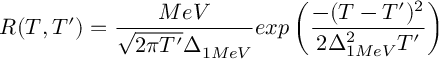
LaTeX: R ( T , T ^ { \prime } ) = \frac { M e V } { \sqrt { 2 \pi T ^ { \prime } } \Delta _ { 1 M e V } } e x p \left( \frac { - ( T - T ^ { \prime } ) ^ { 2 } } { 2 \Delta _ { 1 M e V } ^ { 2 } T ^ { \prime } } \right)